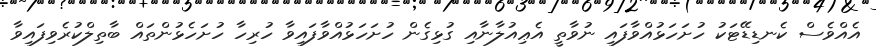
އެއްވެސް ކެނޑިޑޭޓަކު ހުށަހަޅުއްވާފައި ނުވާތީ އެޢިއުލާނާއި ގުޅިގެން ހުށަހަޅުއްވާފައިވާ ހުރިހާ ހުށަހެޅުންތައް ބާތިލްކުރެވިފައިވާ